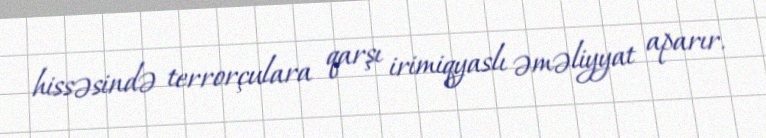
hissəsində terrorçulara qarşı irimiqyaslı əməliyyat aparır.